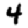
Digit: 4